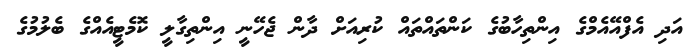
އަދި އެފްއޭއެމްގެ އިންތިހާބުގެ ކަންތައްތައް ކުރިއަށް ދާން ޖެހޭނީ އިންތިގާލީ ކޮމެޓީއެއްގެ ބެލުމުގެ